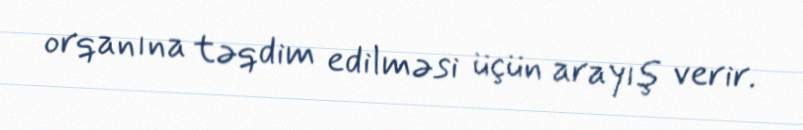
orqanına təqdim edilməsi üçün arayış verir.